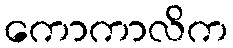
ကောကာလိက